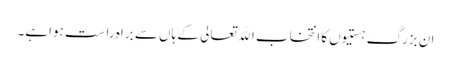
ان بزرگ ہستیوں کاانتخاب اﷲتعالی کے ہاں سے براہ راست ہواہے۔